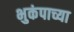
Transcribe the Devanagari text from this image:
भुकंपाच्या